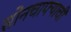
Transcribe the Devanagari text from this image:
सोनचाफ्याची